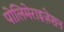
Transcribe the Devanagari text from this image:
पोलिमेराइज़ेशन